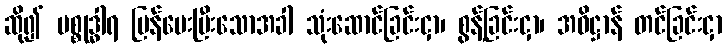
ဆို၍ ပစ္စုဒ္ဓါရ ပြန်ပေးပြီးသောအခါ သုံးဆောင်ခြင်းငှာ၊ စွန့်ခြင်းငှာ၊ အဓိဋ္ဌာန် တင်ခြင်းငှာ